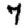
Digit: 7